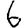
Digit: 6